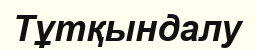
Тұтқындалу